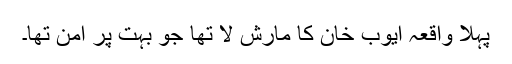
پہلا واقعہ ایوب خان کا مارش لا تھا جو بہت پر امن تھا۔